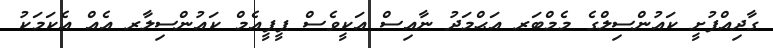
ގާދިއްފުށީ ކައުންސިލްގެ މެމްބަރ އަޙްމަދު ނާއިސް އަކީވެސް ޕީޕީއެމް ކައުންސިލާރ އެއް އެކަމަކު